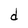
Character: d